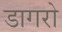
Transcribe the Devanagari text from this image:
डागरो